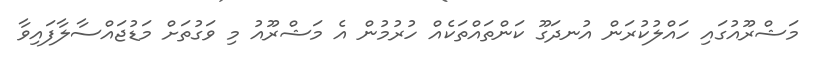
މަޝްރޫއުގައި ހައްލުކުރަން އުނދަގޫ ކަންތައްތަކެއް ހުރުމުން އެ މަޝްރޫއު މި ވަގުތަށް މަޑުޖައްސާލާފައިވާ